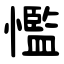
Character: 懢